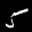
Label: 5